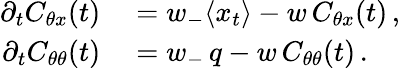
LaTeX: \begin{array}{rl}{\partial_{t}C_{\theta x}(t)}&{{}=w_{-}\langle x_{t}\rangle-w\, C_{\theta x}(t)\, ,}\\ {\partial_{t}C_{\theta\theta}(t)}&{{}=w_{-}\, q-w\, C_{\theta\theta}(t)\, .}\end{array}